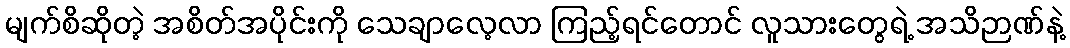
မျက်စိဆိုတဲ့ အစိတ်အပိုင်းကို သေချာလေ့လာ ကြည့်ရင်တောင် လူသားတွေရဲ့ အသိဉာဏ်နဲ့